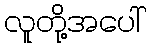
လူတို့အပေါ်